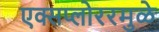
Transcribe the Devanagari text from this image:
एक्सप्लोररमुळे